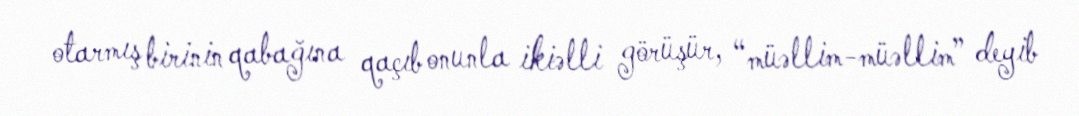
otarmış birinin qabağına qaçıb onunla ikiəlli görüşür, “müəllim-müəllim” deyib